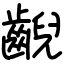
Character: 齯